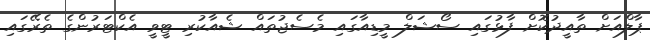
ޕާލްއަށް ތާއީދުކޮށް ފާޅުގައި ސޯޝަލް މީޑިއާގައި މެސެޖުތައް ޝެއާކުރި ޓީވީ އެކްޓަރުންގެ ތެރޭގައި